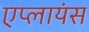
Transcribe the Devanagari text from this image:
एप्लायंस